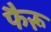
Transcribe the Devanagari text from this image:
फैरू